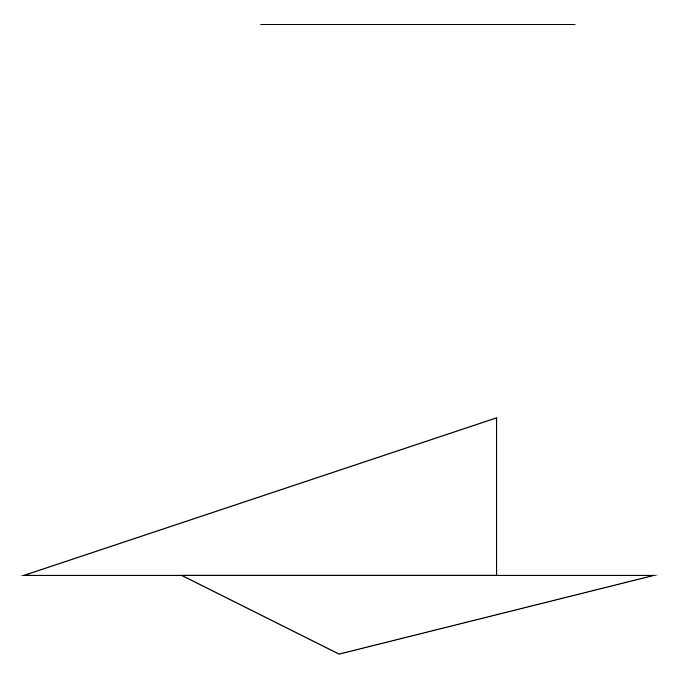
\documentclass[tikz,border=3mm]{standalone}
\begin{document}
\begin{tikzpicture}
\draw (7,14) rectangle (3,14);
\draw (4,6) -- (2,7) -- (8,7) -- cycle;
\draw (6,9) -- (0,7) -- (6,7) -- cycle;
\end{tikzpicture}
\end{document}